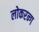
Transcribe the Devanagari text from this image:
लोकरन्ग